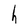
Character: h